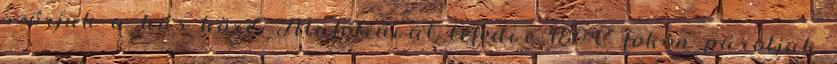
szórjuk a hús köré. Alufóliával lefedve 180°C fokon pároljuk